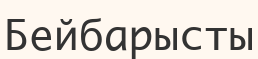
Бейбарысты